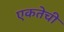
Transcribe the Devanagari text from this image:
एकतेची